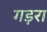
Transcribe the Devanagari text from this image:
गड़रा